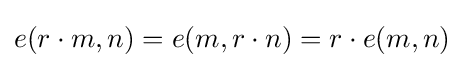
e(r\cdot m,n)=e(m,r\cdot n)=r\cdot e(m,n)